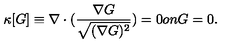
\kappa [ G ] \equiv \nabla \cdot ( \frac { \nabla G } { \sqrt { ( \nabla G ) ^ { 2 } } } ) = 0 o n G = 0 .